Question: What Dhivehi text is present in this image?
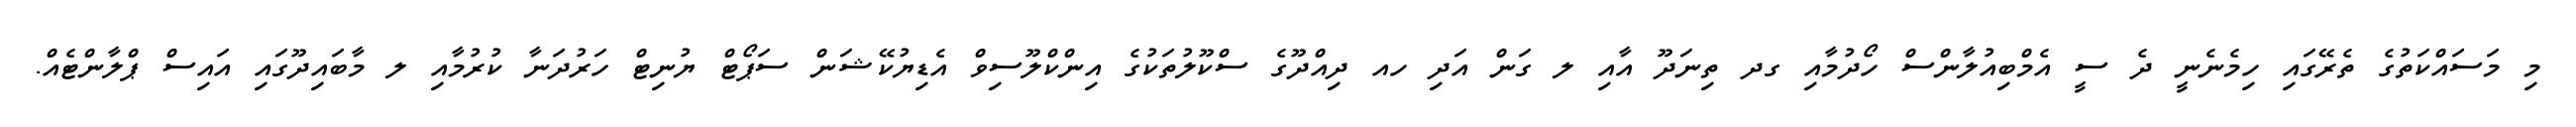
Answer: މި މަސައްކަތުގެ ތެރޭގައި ހިމެނެނީ ދެ ސީ އެމްބިއުލާންސް ހޯދުމާއި ގދ ތިނަދޫ އާއި ލ ގަން އަދި ހއ ދިއްދޫގެ ސްކޫލުތަކުގެ އިންކްލޫސިވް އެޑިޔުކޭޝަން ސަޕޯޓް ޔުނިޓް ހަރުދަނާ ކުރުމާއި ލ މާބައިދޫގައި އައިސް ޕްލާންޓެއް.